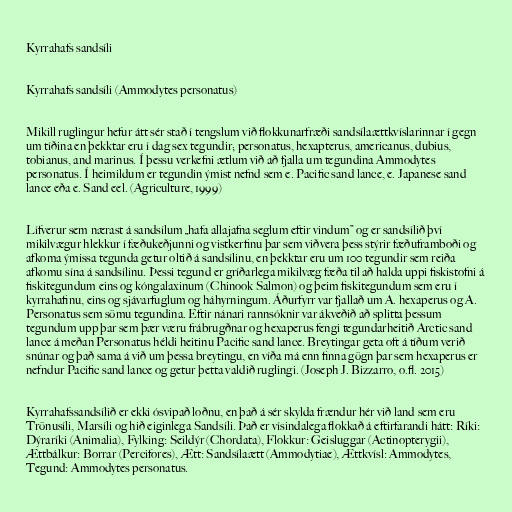
Kyrrahafs sandsíli

Kyrrahafs sandsíli (Ammodytes personatus)

Mikill ruglingur hefur átt sér stað í tengslum við flokkunarfræði sandsílaættkvíslarinnar í gegn
um tíðina en þekktar eru í dag sex tegundir; personatus, hexapterus, americanus, dubius,
tobianus, and marinus. Í þessu verkefni ætlum við að fjalla um tegundina Ammodytes
personatus. Í heimildum er tegundin ýmist nefnd sem e. Pacific sand lance, e. Japanese sand
lance eða e. Sand eel. (Agriculture, 1999)

Lífverur sem nærast á sandsílum „hafa allajafna seglum eftir vindum” og er sandsílið því
mikilvægur hlekkur í fæðukeðjunni og vistkerfinu þar sem viðvera þess stýrir fæðuframboði og
afkoma ýmissa tegunda getur oltið á sandsílinu, en þekktar eru um 100 tegundir sem reiða
afkomu sína á sandsílinu. Þessi tegund er gríðarlega mikilvæg fæða til að halda uppi fiskistofni á
fiskitegundum eins og kóngalaxinum (Chinook Salmon) og þeim fiskitegundum sem eru í
kyrrahafinu, eins og sjávarfuglum og háhyrningum. Áðurfyrr var fjallað um A. hexaperus og A.
Personatus sem sömu tegundina. Eftir nánari rannsóknir var ákveðið að splitta þessum
tegundum upp þar sem þær væru frábrugðnar og hexaperus fengi tegundarheitið Arctic sand
lance á meðan Personatus héldi heitinu Pacific sand lance. Breytingar geta oft á tíðum verið
snúnar og það sama á við um þessa breytingu, en víða má enn finna gögn þar sem hexaperus er
nefndur Pacific sand lance og getur þetta valdið ruglingi. (Joseph J. Bizzarro, o.fl. 2015)

Kyrrahafssandsílið er ekki ósvipað loðnu, en það á sér skylda frændur hér við land sem eru
Trönusíli, Marsíli og hið eiginlega Sandsíli. Það er vísindalega flokkað á eftirfarandi hátt: Ríki:
Dýraríki (Animalia), Fylking: Seildýr (Chordata), Flokkur: Geisluggar (Actinopterygii),
Ættbálkur: Borrar (Percifores), Ætt: Sandsílaætt (Ammodytiae), Ættkvísl: Ammodytes,
Tegund: Ammodytes personatus.